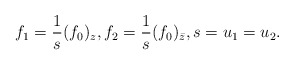
\begin{align*}f_1 = \frac{1}{s}(f_0)_z,f_2 = \frac{1}{s}(f_0)_{\bar z},s = u_1=u_2.\end{align*}